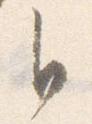
自